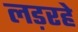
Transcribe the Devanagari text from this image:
लड़रहे